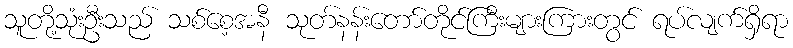
သူတို့သုံးဦးသည် သစ်စေ့အနီ သုတ်နန်းတော်တိုင်ကြီးများကြားတွင် ရပ်လျက်ရှိရာ